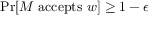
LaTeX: { \mathrm { P r } } [ M { \mathrm { ~ a c c e p t s ~ } } w ] \geq 1 - \epsilon